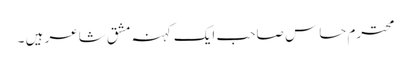
محترم حساس صاحب ایک کہنہ مشق شاعر ہیں ۔